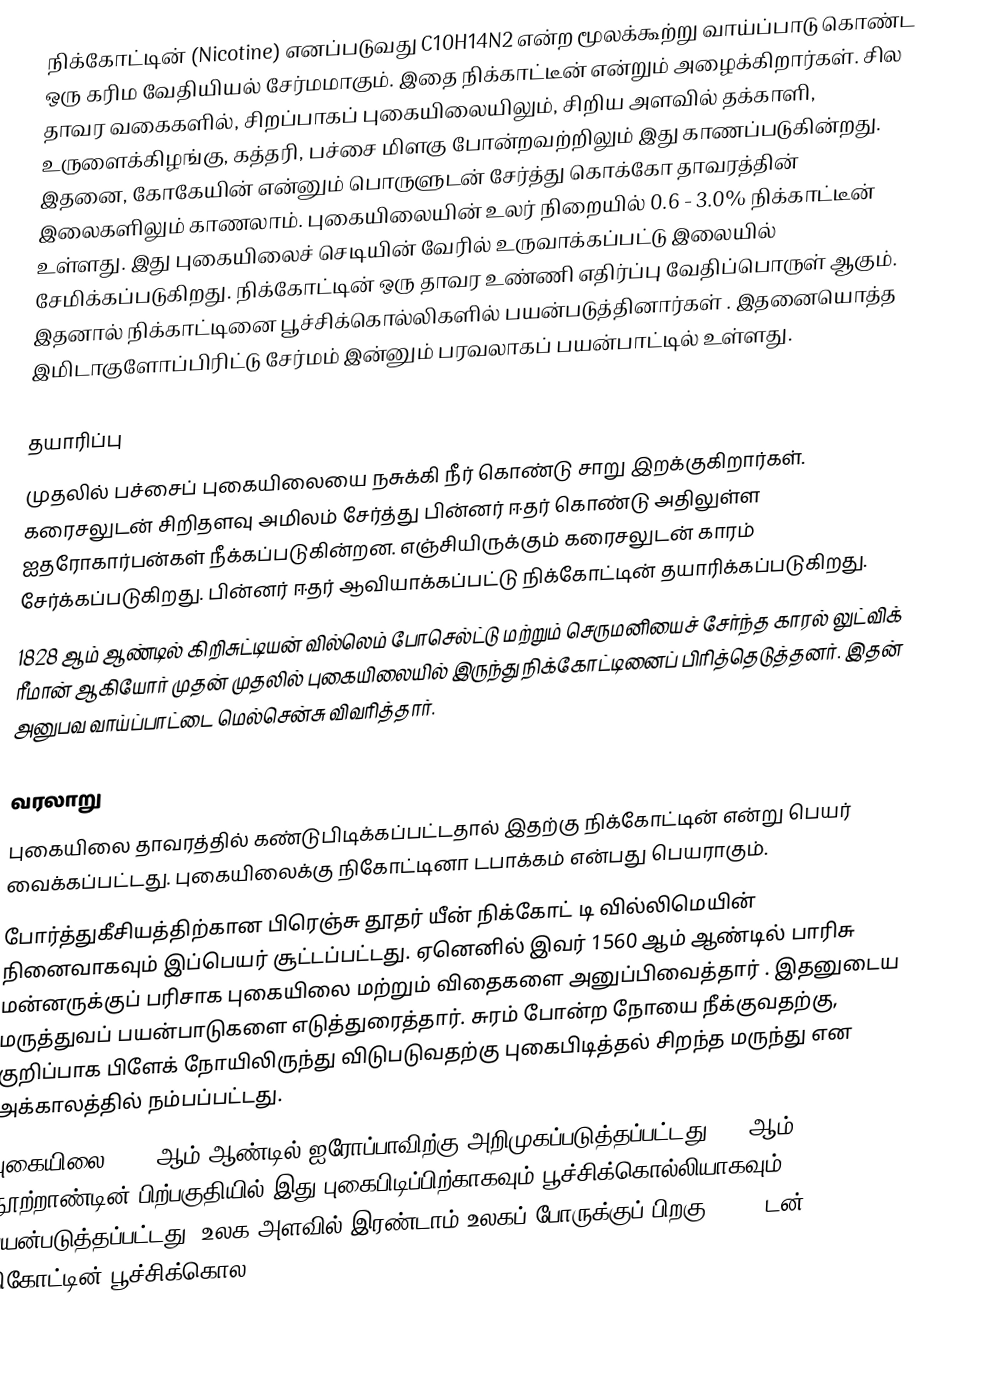
நிக்கோட்டின் (Nicotine) எனப்படுவது C10H14N2 என்ற மூலக்கூற்று வாய்ப்பாடு கொண்ட ஒரு கரிம வேதியியல் சேர்மமாகும். இதை நிக்காட்டீன் என்றும் அழைக்கிறார்கள். சில தாவர வகைகளில், சிறப்பாகப் புகையிலையிலும், சிறிய அளவில் தக்காளி, உருளைக்கிழங்கு, கத்தரி, பச்சை மிளகு போன்றவற்றிலும் இது காணப்படுகின்றது. இதனை, கோகேயின்  என்னும் பொருளுடன் சேர்த்து கொக்கோ தாவரத்தின் இலைகளிலும் காணலாம். புகையிலையின் உலர் நிறையில் 0.6 - 3.0% நிக்காட்டீன் உள்ளது. இது புகையிலைச் செடியின் வேரில் உருவாக்கப்பட்டு இலையில் சேமிக்கப்படுகிறது. நிக்கோட்டின் ஒரு தாவர உண்ணி எதிர்ப்பு வேதிப்பொருள் ஆகும். இதனால்  நிக்காட்டினை பூச்சிக்கொல்லிகளில் பயன்படுத்தினார்கள் . இதனையொத்த இமிடாகுளோப்பிரிட்டு சேர்மம் இன்னும் பரவலாகப் பயன்பாட்டில் உள்ளது.

தயாரிப்பு
முதலில் பச்சைப் புகையிலையை நசுக்கி நீர் கொண்டு சாறு இறக்குகிறார்கள். கரைசலுடன் சிறிதளவு அமிலம் சேர்த்து பின்னர் ஈதர் கொண்டு அதிலுள்ள ஐதரோகார்பன்கள் நீக்கப்படுகின்றன. எஞ்சியிருக்கும் கரைசலுடன் காரம் சேர்க்கப்படுகிறது. பின்னர் ஈதர் ஆவியாக்கப்பட்டு நிக்கோட்டின் தயாரிக்கப்படுகிறது.
1828 ஆம் ஆண்டில் கிறிசுட்டியன் வில்லெம் போசெல்ட்டு மற்றும் செருமனியைச் சேர்ந்த காரல் லுட்விக் ரீமான் ஆகியோர் முதன் முதலில் புகையிலையில் இருந்து நிக்கோட்டினைப் பிரித்தெடுத்தனர். இதன் அனுபவ வாய்ப்பாட்டை மெல்சென்சு விவரித்தார்.

வரலாறு
புகையிலை தாவரத்தில் கண்டுபிடிக்கப்பட்டதால் இதற்கு நிக்கோட்டின் என்று பெயர் வைக்கப்பட்டது. புகையிலைக்கு நிகோட்டினா டபாக்கம் என்பது பெயராகும்.
போர்த்துகீசியத்திற்கான பிரெஞ்சு தூதர் யீன் நிக்கோட் டி வில்லிமெயின் நினைவாகவும் இப்பெயர் சூட்டப்பட்டது. ஏனெனில் இவர் 1560 ஆம் ஆண்டில் பாரிசு மன்னருக்குப் பரிசாக புகையிலை மற்றும் விதைகளை அனுப்பிவைத்தார் . இதனுடைய மருத்துவப் பயன்பாடுகளை எடுத்துரைத்தார். சுரம் போன்ற நோயை நீக்குவதற்கு, குறிப்பாக பிளேக் நோயிலிருந்து விடுபடுவதற்கு புகைபிடித்தல் சிறந்த மருந்து என அக்காலத்தில் நம்பப்பட்டது.
புகையிலை 1559 ஆம் ஆண்டில்  ஐரோப்பாவிற்கு அறிமுகப்படுத்தப்பட்டது, 17 ஆம் நூற்றாண்டின் பிற்பகுதியில் இது புகைபிடிப்பிற்காகவும் பூச்சிக்கொல்லியாகவும் பயன்படுத்தப்பட்டது.  உலக அளவில் இரண்டாம் உலகப் போருக்குப் பிறகு 2,500  டன் நிகோட்டின் பூச்சிக்கொல